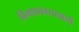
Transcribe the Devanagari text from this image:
विमाप्रकाराखाली